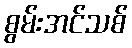
စွမ်းအင်သစ်